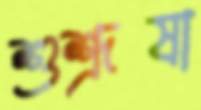
শুশ্রূষা